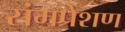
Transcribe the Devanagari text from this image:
संमप्रेशण